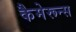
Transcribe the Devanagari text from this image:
कैमेरून्स